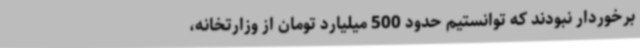
برخوردار نبودند که توانستیم حدود 500 میلیارد تومان از وزارتخانه،